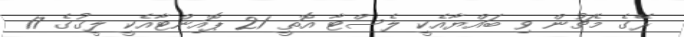
ރޭގެ މެޗުން ވި ބައްޔާއެކީ ލެސްޓާ އޮތީ 21 ޕޮއިންޓާއެކީ ލީގުގެ 17